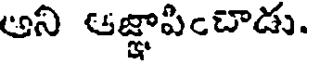
ఆని ఆజ్ఞాపించాడు.